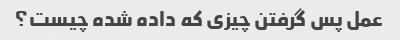
عمل پس گرفتن چیزی که داده شده چیست؟